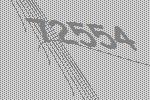
72554